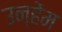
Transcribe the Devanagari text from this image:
उन्हेंम